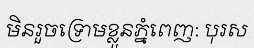
មិនរួចទ្រោមខ្លួនភ្នំពេញ: បុរស